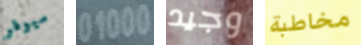
سيوفر 01000 وجيد مخاطبة